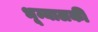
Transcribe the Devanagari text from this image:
भूम्यालकी